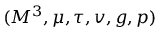
( M ^ { 3 } , \mu , \tau , v , g , p )